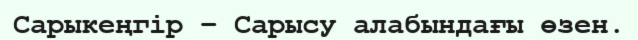
Сарыкеңгір – Сарысу алабындағы өзен.